Civil Veterinary Dept. North-West Frontier Province 1901-22 - 1901-1922
Year: 1901
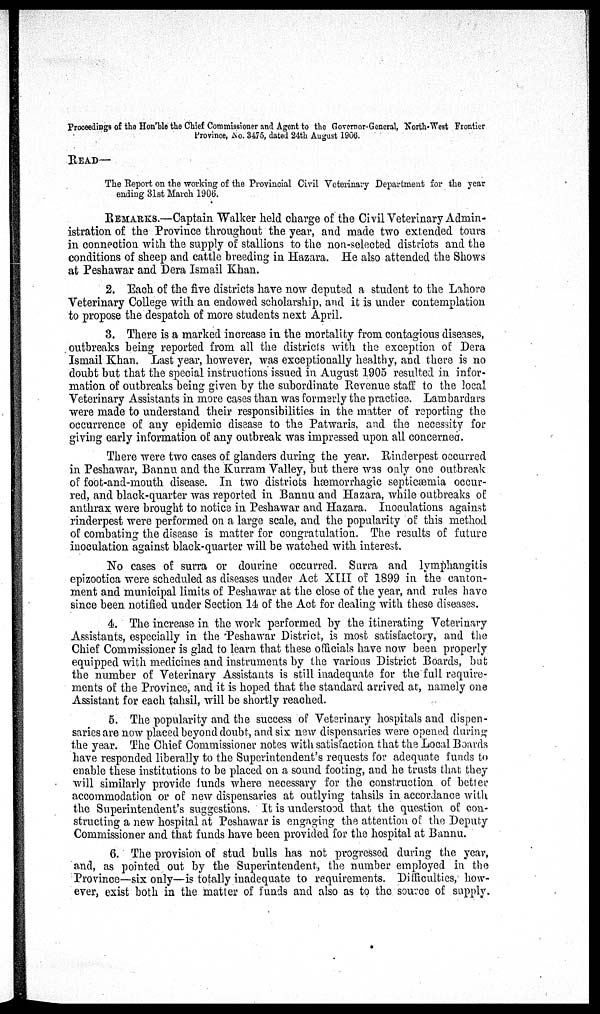
Proceedings of the Hon'ble the Chief Commissioner and Agent to the Governor-General, North-West Frontier
Province, No. 3475, dated 24th August 1906.
READ—
The Report on the working of the Provincial Civil Veterinary Department for the year
ending 31st March 1906.
REMARKS.—Captain Walker held charge of the Civil Veterinary Admin-
istration of the Province throughout the year, and made two extended tours
in connection with the supply of stallions to the non-selected districts and the
conditions of sheep and cattle breeding in Hazara. He also attended the Shows
at Peshawar and Dera Ismail Khan.
2. Each of the five districts have now deputed a student to the Lahore
Veterinary College with an endowed scholarship, and it is under contemplation
to propose the despatch of more students next April.
3. There is a marked increase in the mortality from contagious diseases,
outbreaks being reported from all the districts with the exception of Dera
Ismail Khan. Last year, however, was exceptionally healthy, and there is no
doubt but that the special instructions issued in August 1905 resulted in infor-
mation of outbreaks being given by the subordinate Revenue staff to the local
Veterinary Assistants in more cases than was formerly the practice. Lambardars
were made to understand their responsibilities in the matter of reporting the
occurrence of any epidemic disease to the Patwaris, and the necessity for
giving early information of any outbreak was impressed upon all concerned.
There were two cases of glanders during the year. Rinderpest occurred
in Peshawar, Bannu and the Kurram Valley, but there was only one outbreak
of foot-and-mouth disease. In two districts hæmorrhagic septicæmia occur-
red, and black-quarter was reported in Bannu and Hazara, while outbreaks of
anthrax were brought to notice in Peshawar and Hazara. Inoculations against
rinderpest were performed on a large scale, and the popularity of this method
of combating the disease is matter for congratulation. The results of future
inoculation against black-quarter will be watched with interest.
No cases of surra or dourine occurred. Surra and lymphangitis
epizootica were scheduled as diseases under Act XIII of 1899 in the canton-
ment and municipal limits of Peshawar at the close of the year, and rules have
since been notified under Section 14 of the Act for dealing with these diseases.
4. The increase in the work performed by the itinerating Veterinary
Assistants, especially in the Peshawar District, is most satisfactory, and the
Chief Commissioner is glad to learn that these officials have now been properly
equipped with medicines and instruments by the various District Boards, but
the number of Veterinary Assistants is still inadequate for the full require-
ments of the Province, and it is hoped that the standard arrived at, namely one
Assistant for each tahsil, will be shortly reached.
5. The popularity and the success of Veterinary hospitals and dispen-
saries are now placed beyond doubt, and six new dispensaries were opened during
the year. The Chief Commissioner notes with satisfaction that the Local Boards
have responded liberally to the Superintendent's requests for adequate funds to
enable these institutions to be placed on a sound footing, and he trusts that they
will similarly provide funds where necessary for the construction of better
accommodation or of new dispensaries at outlying tahsils in accordance with
the Superintendent's suggestions. It is understood that the question of con-
structing a new hospital at Peshawar is engaging the attention of the Deputy
Commissioner and that funds have been provided for the hospital at Bannu.
6. The provision of stud bulls has not progressed during the year,
and, as pointed out by the Superintendent, the number employed in the
Province—six only—is totally inadequate to requirements. Difficulties, how-
ever, exist both in the matter of funds and also as to the source of supply.